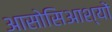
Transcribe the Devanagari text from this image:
आसोसिआश्यों